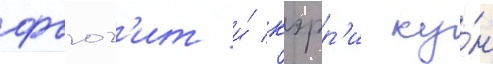
фьюг'ит и́ кэрр'и ку́н